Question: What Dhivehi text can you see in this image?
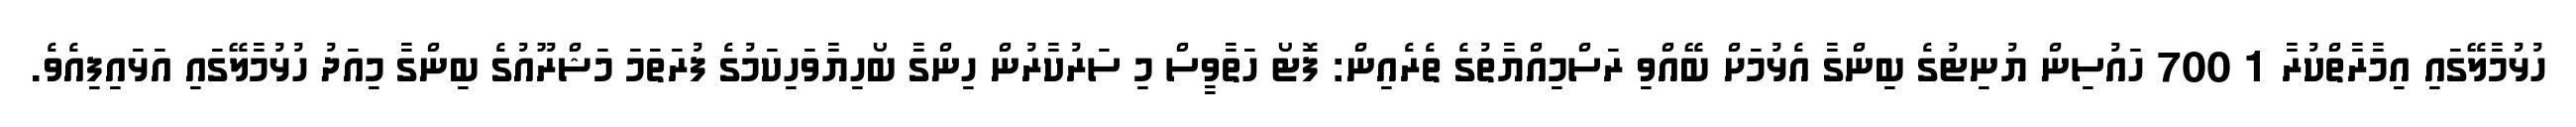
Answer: ހުޅުމާލޭގައި އިމާރާތްކުރާ 1 700 ހައުސިން ޔުނިޓުގެ ބިންގާ އެޅުމަށް ބޭއްވި ރަސްމިއްޔާތުގެ ތެރެއިން: ފޮޓޯ ހަތާވީސް މި ސަރުކާރުން ހިންގާ ބޯހިޔާވަހިކަމުގެ ފުރަތަމަ މަޝްރޫއުގެ ބިންގާ މިއަދު ހުޅުމާލޭގައި އަޅައިފިއެވެ.